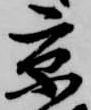
京